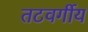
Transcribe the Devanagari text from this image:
तटवर्गीय